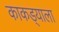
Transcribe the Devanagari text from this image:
काकड्याला